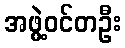
အဖွဲ့ဝင်တဦး